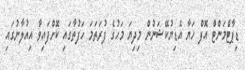
ޑިޕާޓްމަންޓް އޮފް ހަޔާ އެޑިޔުކޭޝަނުން މިދިޔަ މަހުގެ ފުރަތަމަ ހަފުތާގައި ކޮށްފައިވާ އިއުލާނުގައި